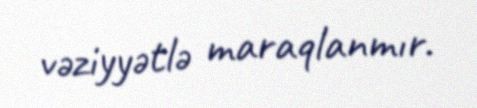
vəziyyətlə maraqlanmır.